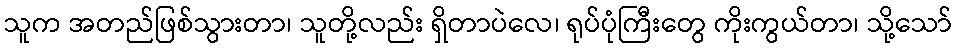
သူက အတည်ဖြစ်သွားတာ၊ သူတို့လည်း ရှိတာပဲလေ၊ ရုပ်ပုံကြီးတွေ ကိုးကွယ်တာ၊ သို့သော်